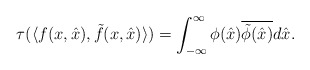
\begin{align*}\tau(\langle f(x,\hat{x}),\tilde{f}(x,\hat{x})\rangle)=\int_{-\infty}^\infty\phi(\hat{x})\overline{\tilde{\phi}(\hat{x})}d\hat{x}.\end{align*}